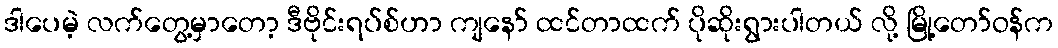
ဒါပေမဲ့ လက်တွေ့မှာတော့ ဒီဗိုင်းရပ်စ်ဟာ ကျနော် ထင်တာထက် ပိုဆိုးရွားပါတယ် လို့ မြို့တော်ဝန်က